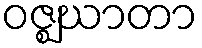
ဝဇ္ဈဃာတာ